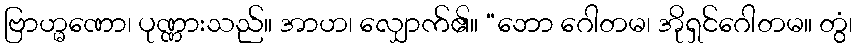
ဗြာဟ္မဏော၊ ပုဏ္ဏားသည်။ အာဟ၊ လျှောက်၏။ “ဘော ဂေါတမ၊ အိုရှင်ဂေါတမ။ တွံ၊